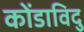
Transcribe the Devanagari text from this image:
कोंडाविदु